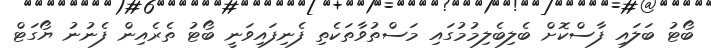
ބޯޓު ބަލައި ފާސްކޮށް ބެލިބެލިމުމުގައި މަސްތުވާތަކެތި ފެނިފައިވަނީ ބޯޓު ތެރެއިން ފެނުނު ޔޯގަޓް